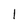
Character: 1